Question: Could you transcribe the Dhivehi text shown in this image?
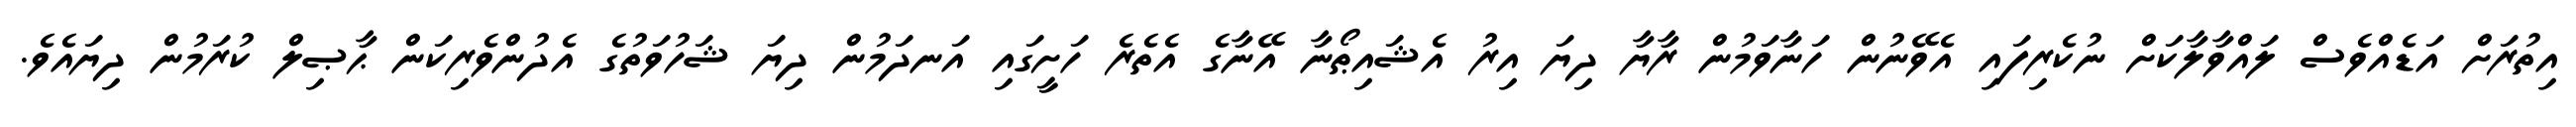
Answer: އިތުރަށް އަޑެއްވެސް ލައްވާލާކަށް ނުކެރިފައި އެވޭނުން ހަނާވަމުން ރާޔާ ދިޔަ އިރު އެޝައިޠޯނާ އޭނާގެ އެތެރެ ހަށީގައި އަނދަމުން ދިޔަ ޝަހުވަތުގެ އެދުންވެރިކަން ޙާޞިލް ކުރަމުން ދިޔައެވެ.